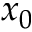
x _ { 0 }